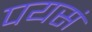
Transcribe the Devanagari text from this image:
पयसं